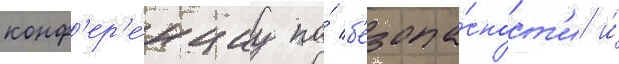
конф'ер'е́нциу по́ б'езопа́сност'и и́